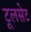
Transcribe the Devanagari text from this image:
टूलसेट